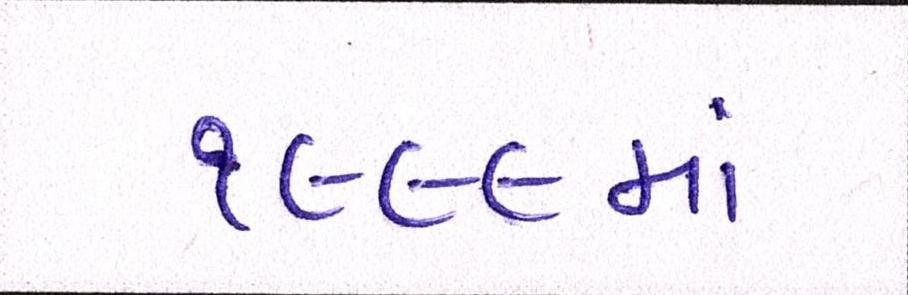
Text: ૧૯૯૯માં